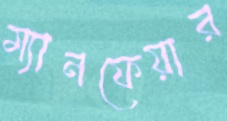
ম্যানফেয়ার